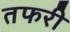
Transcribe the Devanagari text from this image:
तफरी